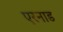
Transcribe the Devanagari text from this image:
एरनाड